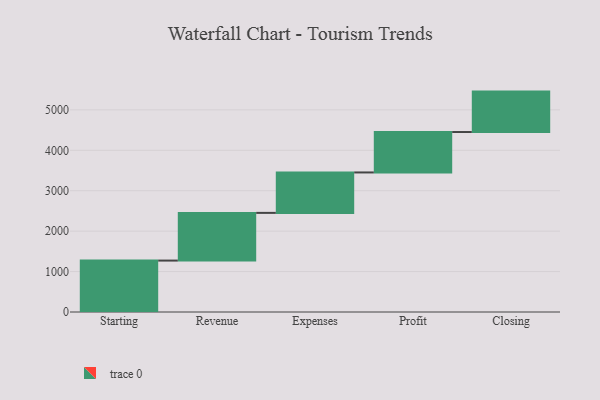
{"axis": {"x": "Step", "y": "Value"}, "legend": [""], "data": [{"x": "Starting", "y": 1272.0, "type": ""}, {"x": "Revenue", "y": 1180.0, "type": ""}, {"x": "Expenses", "y": 1000, "type": ""}, {"x": "Profit", "y": 1000, "type": ""}, {"x": "Closing", "y": 1000, "type": ""}]}